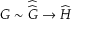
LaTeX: G \sim { \widehat { \widehat { G } } } \to { \widehat { H } }